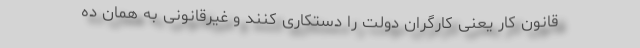
قانون کار یعنی کارگران دولت را دستکاری کنند و غیرقانونی به همان ده